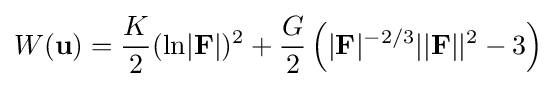
W({\mathbf {u}})={\frac {K}{2}}({\text{ln}}|{\mathbf {F}}|)^{2}+{\frac {G}{2}}\left(|{\mathbf {F}}|^{-2/3}||{\mathbf {F}}||^{2}-3\right)